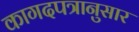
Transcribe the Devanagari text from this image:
कागदपत्रानुसार